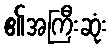
၏အကြီးဆုံး